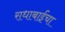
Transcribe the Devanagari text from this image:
राधाबाईंचा